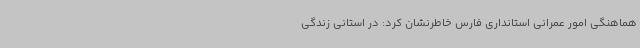
هماهنگی امور عمرانی استانداری فارس خاطرنشان کرد: در استانی زندگی